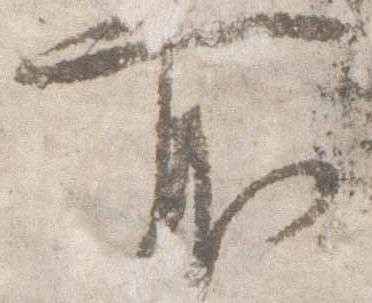
所